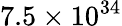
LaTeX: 7.5\times 10^{34}